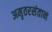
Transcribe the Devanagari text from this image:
अमृतरसंतान